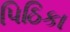
પિઠિકા